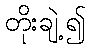
တိုးချဲ့၍